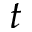
t